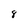
Character: 8